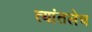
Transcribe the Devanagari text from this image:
त्यांतलेच